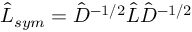
\hat { L } _ { s y m } = \hat { D } ^ { - 1 / 2 } \hat { L } \hat { D } ^ { - 1 / 2 }